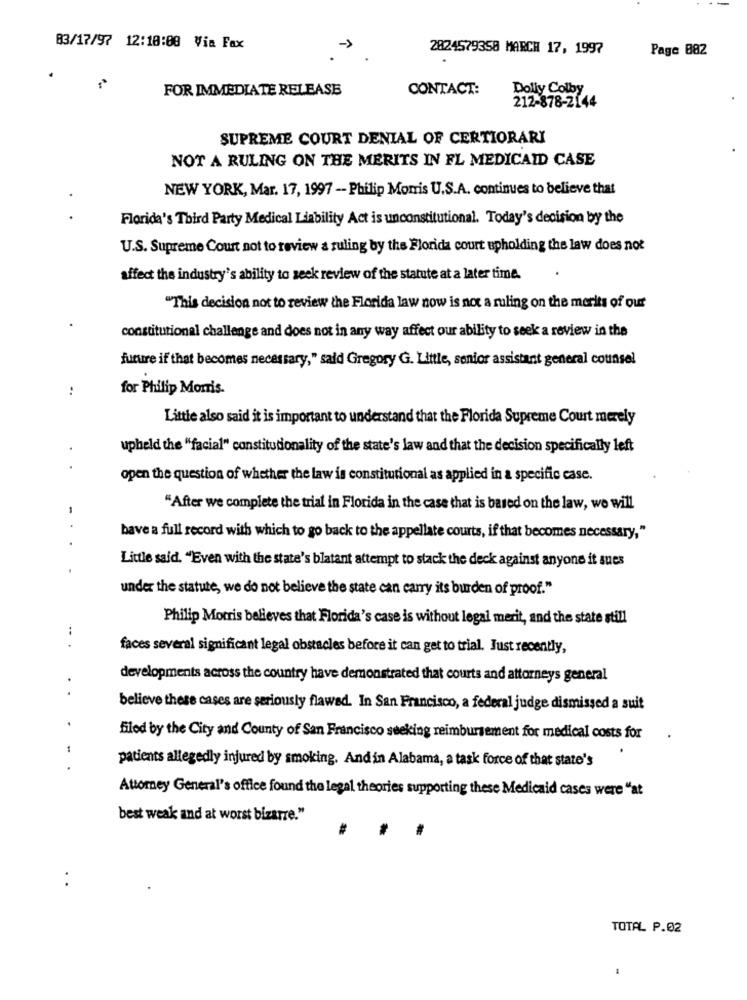
83/17/97 12:18:00 Via Fax
2824579358 MARCH 17, 1997
Page 882
FOR IMMEDIATE RELEASE
CONTACT:
Dolly Colby
212-878-2144
SUPREME COURT DENIAL OF CERTIORARI
NOT A RULING ON THE MERITS IN FL MEDICAID CASE
NEW YORK, Mar. 17, 1997 - Philip Morris U.S.A. continues to believe that
Florida's Third Party Medical Liability Act is unconstitutional. Today's decision by the
U.S. Supreme Court not to review a ruling by the Florida court upholding the law does not
affect the industry's ability to seek review of the statute at a later time.
"This decision not to review the Florida law now is not a ruling on the merits of our
constitutional challenge and does not in any way affect our ability to seek a review in the
future if that becomes necessary," said Gregory G. Little, senior assistant general counsel
:
for Philip Morris.
Little also said it is important to understand that the Florida Supreme Court merely
upheld the "facial" constitutionality of the state's law and that the decision specifically left
.
open the question of whether the law is constitutional as applied in a specific case.
"After we complete the trial in Florida in the case that is based on the law, we will
bave a full record with which to go back to the appellate courts, if that becomes necessary,"
Little said. "Even with the state's blatant attempt to stack the deck against anyone it sues
under the statute, we do not believe the state can carry its burden of proof."
Philip Morris believes that Florida's case is without legal merit, and the state still
...
faces several significant legal obstacles before it can get to trial. Just recently,
developments across the country have demonstrated that courts and attorneys general
..
believe there cases are seriously flawed. In San Francisco, a federal judge dismissed a suit
filed by the City and County of San Francisco seeking reimbursement for medical costs for
1
patients allegedly injured by smoking. And in Alabama, a task force of that state's
Attorney General's office found the legal theories supporting these Medicaid cases were "at
best weak and at worst bizarre."
. .
TOTAL P.02